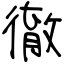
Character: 徹